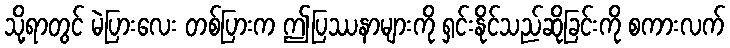
သို့ရာတွင် မဲပြားလေး တစ်ပြားက ဤပြဿနာများကို ရှင်းနိုင်သည်ဆိုခြင်းကို စကားလက်